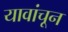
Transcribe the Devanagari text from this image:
यावांचून